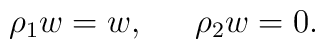
\rho_1 w =w, \,\,\,\,\,\,\,\,\, \rho_2 w=0.